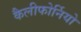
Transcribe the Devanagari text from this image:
कैलीफोर्नियो